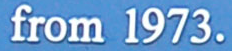
from 1973.